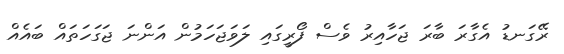
ރޭގަނޑު އެގާރަ ބާރަ ޖަހާއިރު ވެސް ފޯރީގައި ލަވަޖަހަމުން އަންނަ ޖަގަހަތައް ބައެއް